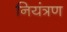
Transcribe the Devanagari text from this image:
नियंत्रण